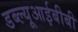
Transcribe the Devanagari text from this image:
डब्ल्यूआईबीबी